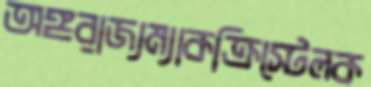
অঙ্গরাজ্যম্যাকক্রিস্টেলক